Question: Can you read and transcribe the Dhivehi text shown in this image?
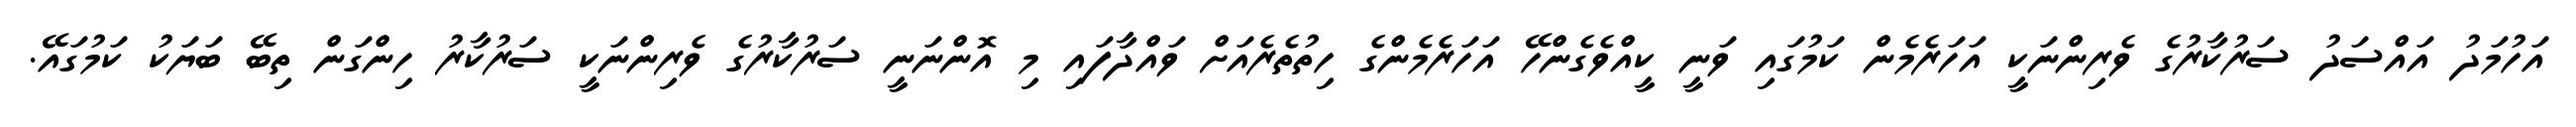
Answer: އަހުމަދު އައްސަދު ސަރުކާރުގެ ވެރިންނަކީ އަހަރެމެން ކަމުގައި ވަނީ ކީއްވެގެންހޭ އަހަރެމެންގެ ހިތުތެރެއަށް ވައްދާފައި މި އޮންނަނީ ސަރުކާރުގެ ވެރިންނަކީ ސަރުކާރު ހިންގަން ތިބޭ ބަޔަކު ކަމުގައޭ.